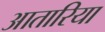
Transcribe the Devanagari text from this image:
आतारिया